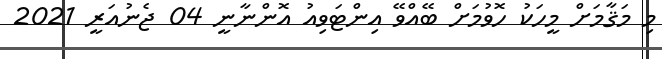
މި މަޤާމަށް މީހަކު ހޮވުމަށް ބޭއްވޭ އިންޓަވިއު އޮންނާނީ 04 ޖެނުއަރީ 2021